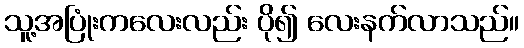
သူ့အပြုံးကလေးလည်း ပို၍ လေးနက်လာသည်။